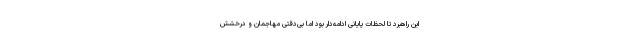
این راهبرد تا لحظات پایانی ادامه‌دار بود اما بی‌دقتی مهاجمان و درخشش